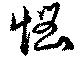
悩